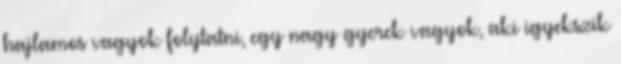
hajlamos vagyok folytatni, egy nagy gyerek vagyok, aki igyekszik